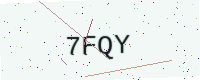
Text: 7FQY